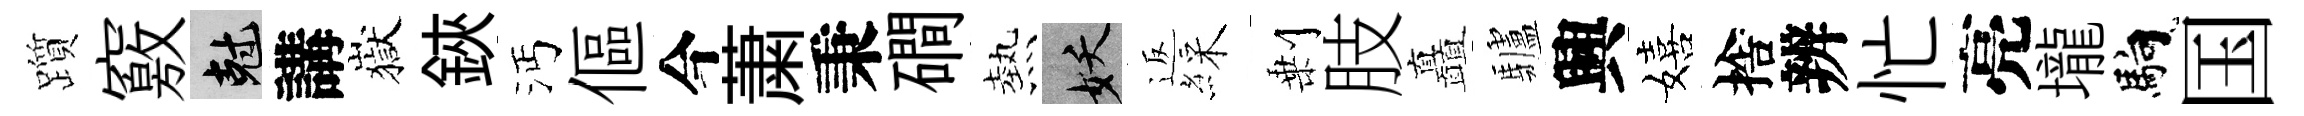
躓竅剋講嶽鋏沔傴今䔥秉磵熱妖返綵剰肢矗驢興嬉捨辨忙亮壠馿国